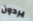
يردون